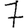
Digit: 7